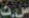
س.ث